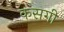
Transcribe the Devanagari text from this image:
कसगी